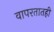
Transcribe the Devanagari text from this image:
वापरतातही